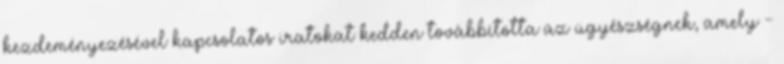
kezdeményezésével kapcsolatos iratokat kedden továbbította az ügyészségnek, amely -